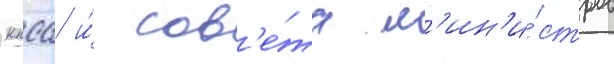
кпсс и́ сов'е́та м'ин'и́стров